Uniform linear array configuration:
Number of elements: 8
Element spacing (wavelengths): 0.25
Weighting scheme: uniform
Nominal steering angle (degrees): -45
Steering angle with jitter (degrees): -44.389
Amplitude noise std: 0.05
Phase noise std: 0.05

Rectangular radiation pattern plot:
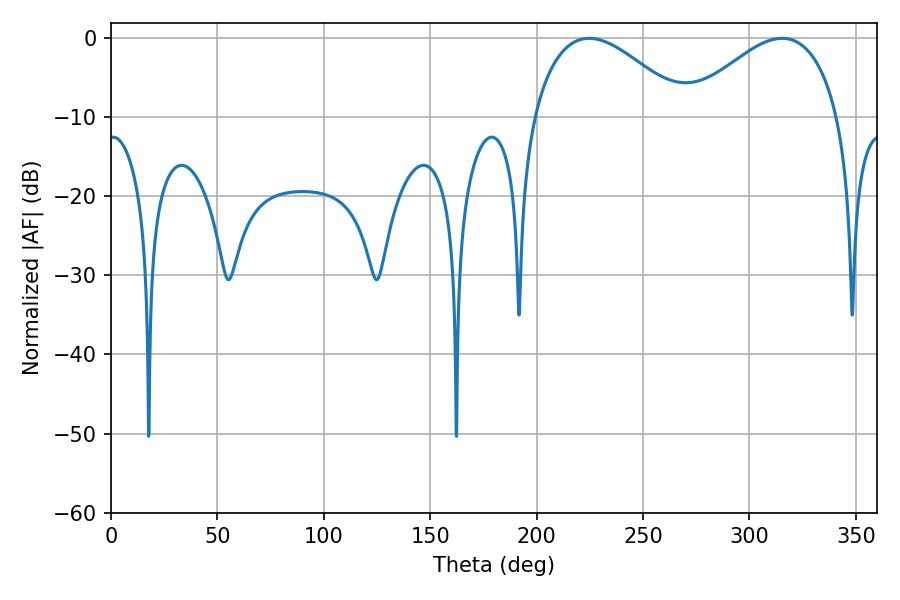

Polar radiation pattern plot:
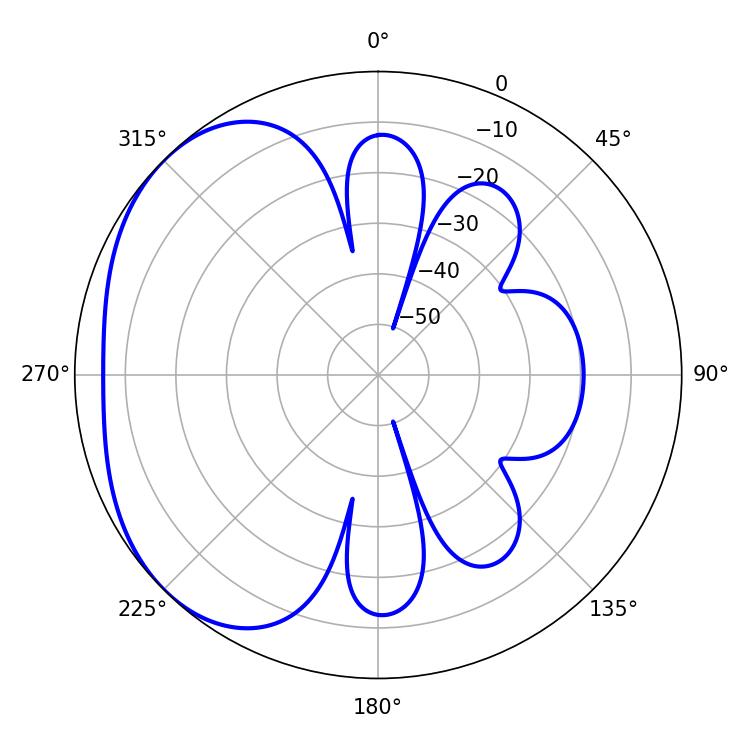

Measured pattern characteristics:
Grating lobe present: FALSE
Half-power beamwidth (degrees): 39.24
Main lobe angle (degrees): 224.64